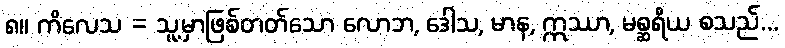
၈။ ကိလေသ = သူ့မှာဖြစ်တတ်သော လောဘ, ဒေါသ, မာန, ဣဿာ, မစ္ဆရိယ စသည်...